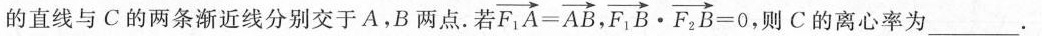
的直线与C的两条渐近线分别交于A，B两点。若 $$\overrightarrow { F _ { 1 } A } = \overrightarrow { A B }$$, $$\overrightarrow { F _ { 1 } B } \cdot \overrightarrow { F _ { 2 } B } = 0$$ ，则C的离心率为___.